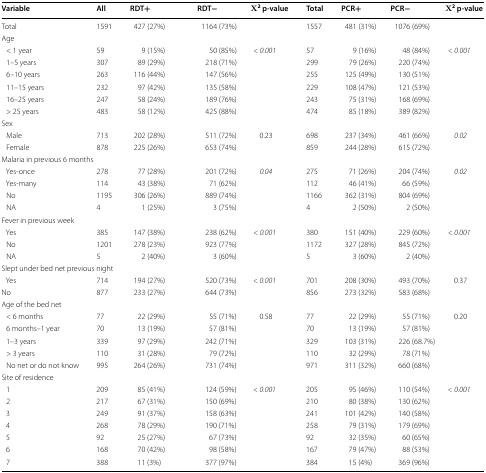
<table><thead><tr><td><b>Variable</b></td><td><b>All</b></td><td><b>RDT+</b></td><td><b>RDT−</b></td><td><b>Χ<sup>2</sup> p-value</b></td><td><b>Total</b></td><td><b>PCR+</b></td><td><b>PCR−</b></td><td><b>Χ<sup>2</sup> p-value</b></td></tr></thead><tbody><tr><td>Total</td><td>1591</td><td>427 (27%)</td><td>1164 (73%)</td><td></td><td>1557</td><td>481 (31%)</td><td>1076 (69%)</td><td></td></tr><tr><td colspan="9">Age</td></tr><tr><td> &lt; 1 year</td><td>59</td><td>9 (15%)</td><td>50 (85%)</td><td><i>&lt;</i> <i>0.001</i></td><td>57</td><td>9 (16%)</td><td>48 (84%)</td><td><i>&lt;</i> <i>0.001</i></td></tr><tr><td> 1–5 years</td><td>307</td><td>89 (29%)</td><td>218 (71%)</td><td></td><td>299</td><td>79 (26%)</td><td>220 (74%)</td><td></td></tr><tr><td> 6–10 years</td><td>263</td><td>116 (44%)</td><td>147 (56%)</td><td></td><td>255</td><td>125 (49%)</td><td>130 (51%)</td><td></td></tr><tr><td> 11–15 years</td><td>232</td><td>97 (42%)</td><td>135 (58%)</td><td></td><td>229</td><td>108 (47%)</td><td>121 (53%)</td><td></td></tr><tr><td> 16–25 years</td><td>247</td><td>58 (24%)</td><td>189 (76%)</td><td></td><td>243</td><td>75 (31%)</td><td>168 (69%)</td><td></td></tr><tr><td> &gt; 25 years</td><td>483</td><td>58 (12%)</td><td>425 (88%)</td><td></td><td>474</td><td>85 (18%)</td><td>389 (82%)</td><td></td></tr><tr><td colspan="9">Sex</td></tr><tr><td> Male</td><td>713</td><td>202 (28%)</td><td>511 (72%)</td><td>0.23</td><td>698</td><td>237 (34%)</td><td>461 (66%)</td><td><i>0.02</i></td></tr><tr><td> Female</td><td>878</td><td>225 (26%)</td><td>653 (74%)</td><td></td><td>859</td><td>244 (28%)</td><td>615 (72%)</td><td></td></tr><tr><td colspan="9">Malaria in previous 6 months</td></tr><tr><td> Yes-once</td><td>278</td><td>77 (28%)</td><td>201 (72%)</td><td><i>0.04</i></td><td>275</td><td>71 (26%)</td><td>204 (74%)</td><td><i>0.02</i></td></tr><tr><td> Yes-many</td><td>114</td><td>43 (38%)</td><td>71 (62%)</td><td></td><td>112</td><td>46 (41%)</td><td>66 (59%)</td><td></td></tr><tr><td> No</td><td>1195</td><td>306 (26%)</td><td>889 (74%)</td><td></td><td>1166</td><td>362 (31%)</td><td>804 (69%)</td><td></td></tr><tr><td> NA</td><td>4</td><td>1 (25%)</td><td>3 (75%)</td><td></td><td>4</td><td>2 (50%)</td><td>2 (50%)</td><td></td></tr><tr><td colspan="9">Fever in previous week</td></tr><tr><td> Yes</td><td>385</td><td>147 (38%)</td><td>238 (62%)</td><td><i>&lt;</i> <i>0.001</i></td><td>380</td><td>151 (40%)</td><td>229 (60%)</td><td><i>&lt;</i> <i>0.001</i></td></tr><tr><td> No</td><td>1201</td><td>278 (23%)</td><td>923 (77%)</td><td></td><td>1172</td><td>327 (28%)</td><td>845 (72%)</td><td></td></tr><tr><td> NA</td><td>5</td><td>2 (40%)</td><td>3 (60%)</td><td></td><td>5</td><td>3 (60%)</td><td>2 (40%)</td><td></td></tr><tr><td colspan="9">Slept under bed net previous night</td></tr><tr><td> Yes</td><td>714</td><td>194 (27%)</td><td>520 (73%)</td><td><i>&lt;</i> <i>0.001</i></td><td>701</td><td>208 (30%)</td><td>493 (70%)</td><td>0.37</td></tr><tr><td>No</td><td>877</td><td>233 (27%)</td><td>644 (73%)</td><td></td><td>856</td><td>273 (32%)</td><td>583 (68%)</td><td></td></tr><tr><td colspan="9">Age of the bed net</td></tr><tr><td> &lt; 6 months</td><td>77</td><td>22 (29%)</td><td>55 (71%)</td><td>0.58</td><td>77</td><td>22 (29%)</td><td>55 (71%)</td><td>0.20</td></tr><tr><td> 6 months–1 year</td><td>70</td><td>13 (19%)</td><td>57 (81%)</td><td></td><td>70</td><td>13 (19%)</td><td>57 (81%)</td><td></td></tr><tr><td> 1–3 years</td><td>339</td><td>97 (29%)</td><td>242 (71%)</td><td></td><td>329</td><td>103 (31%)</td><td>226 (68.7%)</td><td></td></tr><tr><td> &gt; 3 years</td><td>110</td><td>31 (28%)</td><td>79 (72%)</td><td></td><td>110</td><td>32 (29%)</td><td>78 (71%)</td><td></td></tr><tr><td> No net or do not know</td><td>995</td><td>264 (26%)</td><td>731 (74%)</td><td></td><td>971</td><td>311 (32%)</td><td>660 (68%)</td><td></td></tr><tr><td colspan="9">Site of residence</td></tr><tr><td> 1</td><td>209</td><td>85 (41%)</td><td>124 (59%)</td><td><i>&lt;</i> <i>0.001</i></td><td>205</td><td>95 (46%)</td><td>110 (54%)</td><td><i>&lt;</i> <i>0.001</i></td></tr><tr><td> 2</td><td>217</td><td>67 (31%)</td><td>150 (69%)</td><td></td><td>210</td><td>80 (38%)</td><td>130 (62%)</td><td></td></tr><tr><td> 3</td><td>249</td><td>91 (37%)</td><td>158 (63%)</td><td></td><td>241</td><td>101 (42%)</td><td>140 (58%)</td><td></td></tr><tr><td> 4</td><td>268</td><td>78 (29%)</td><td>190 (71%)</td><td></td><td>258</td><td>79 (31%)</td><td>179 (69%)</td><td></td></tr><tr><td> 5</td><td>92</td><td>25 (27%)</td><td>67 (73%)</td><td></td><td>92</td><td>32 (35%)</td><td>60 (65%)</td><td></td></tr><tr><td> 6</td><td>168</td><td>70 (42%)</td><td>98 (58%)</td><td></td><td>167</td><td>79 (47%)</td><td>88 (53%)</td><td></td></tr><tr><td> 7</td><td>388</td><td>11 (3%)</td><td>377 (97%)</td><td></td><td>384</td><td>15 (4%)</td><td>369 (96%)</td><td></td></tr></tbody></table>